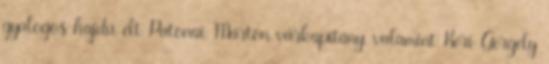
gyalogos hajdú élt Patonai Márton várkapitány, valamint Kéri Gergely